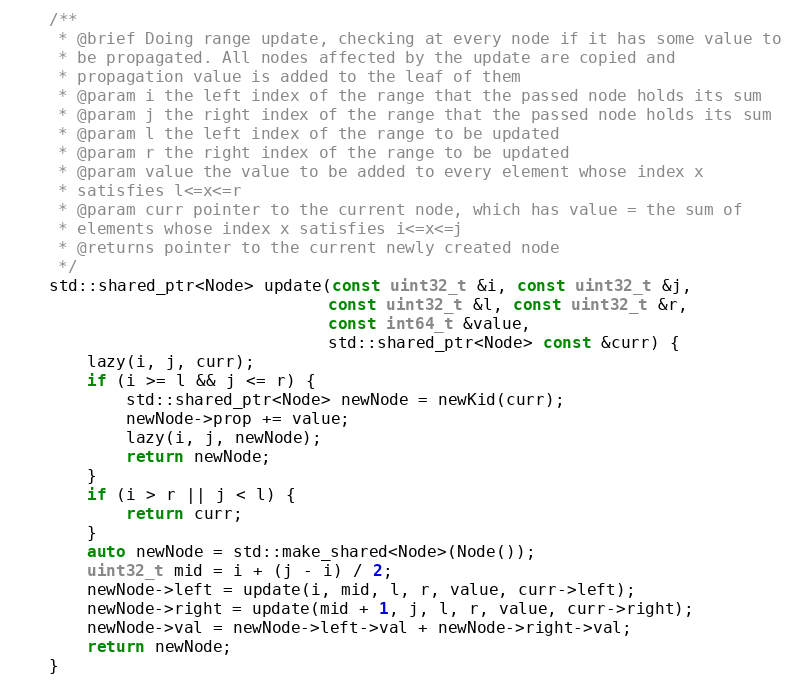
Language: C++
    /**
     * @brief Doing range update, checking at every node if it has some value to
     * be propagated. All nodes affected by the update are copied and
     * propagation value is added to the leaf of them
     * @param i the left index of the range that the passed node holds its sum
     * @param j the right index of the range that the passed node holds its sum
     * @param l the left index of the range to be updated
     * @param r the right index of the range to be updated
     * @param value the value to be added to every element whose index x
     * satisfies l<=x<=r
     * @param curr pointer to the current node, which has value = the sum of
     * elements whose index x satisfies i<=x<=j
     * @returns pointer to the current newly created node
     */
    std::shared_ptr<Node> update(const uint32_t &i, const uint32_t &j,
                                 const uint32_t &l, const uint32_t &r,
                                 const int64_t &value,
                                 std::shared_ptr<Node> const &curr) {
        lazy(i, j, curr);
        if (i >= l && j <= r) {
            std::shared_ptr<Node> newNode = newKid(curr);
            newNode->prop += value;
            lazy(i, j, newNode);
            return newNode;
        }
        if (i > r || j < l) {
            return curr;
        }
        auto newNode = std::make_shared<Node>(Node());
        uint32_t mid = i + (j - i) / 2;
        newNode->left = update(i, mid, l, r, value, curr->left);
        newNode->right = update(mid + 1, j, l, r, value, curr->right);
        newNode->val = newNode->left->val + newNode->right->val;
        return newNode;
    }